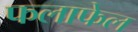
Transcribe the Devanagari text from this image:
फलाफेल